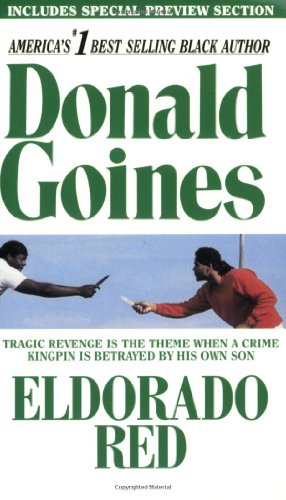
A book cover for Eldorado Red; Donald Goines; Literature & Fiction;